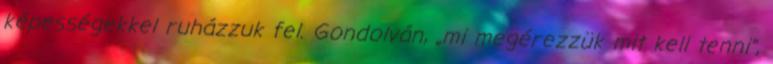
képességekkel ruházzuk fel. Gondolván, „mi megérezzük mit kell tenni”,